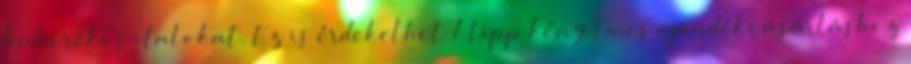
buborékos italokat. Ez is érdekelhet 7 tipp kényelmes ajándékvásárláshoz